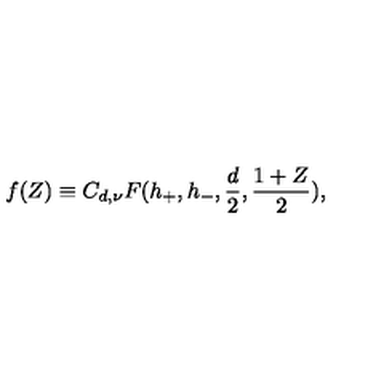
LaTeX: f ( Z ) \equiv C _ { d , \nu } F ( h _ { + } , h _ { - } , { \frac { d } { 2 } } , { \frac { 1 + Z } { 2 } } ) ,